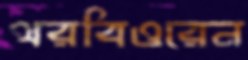
থরবিওরেন